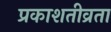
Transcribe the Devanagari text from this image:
प्रकाशतीव्रता